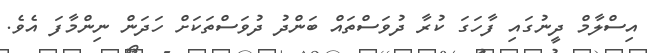
އިސްލާމް ދީނުގައި ފާހަގަ ކުރާ ދުވަސްތައް ބަންދު ދުވަސްތަކަށް ހަދަން ނިންމާފަ އެވެ.